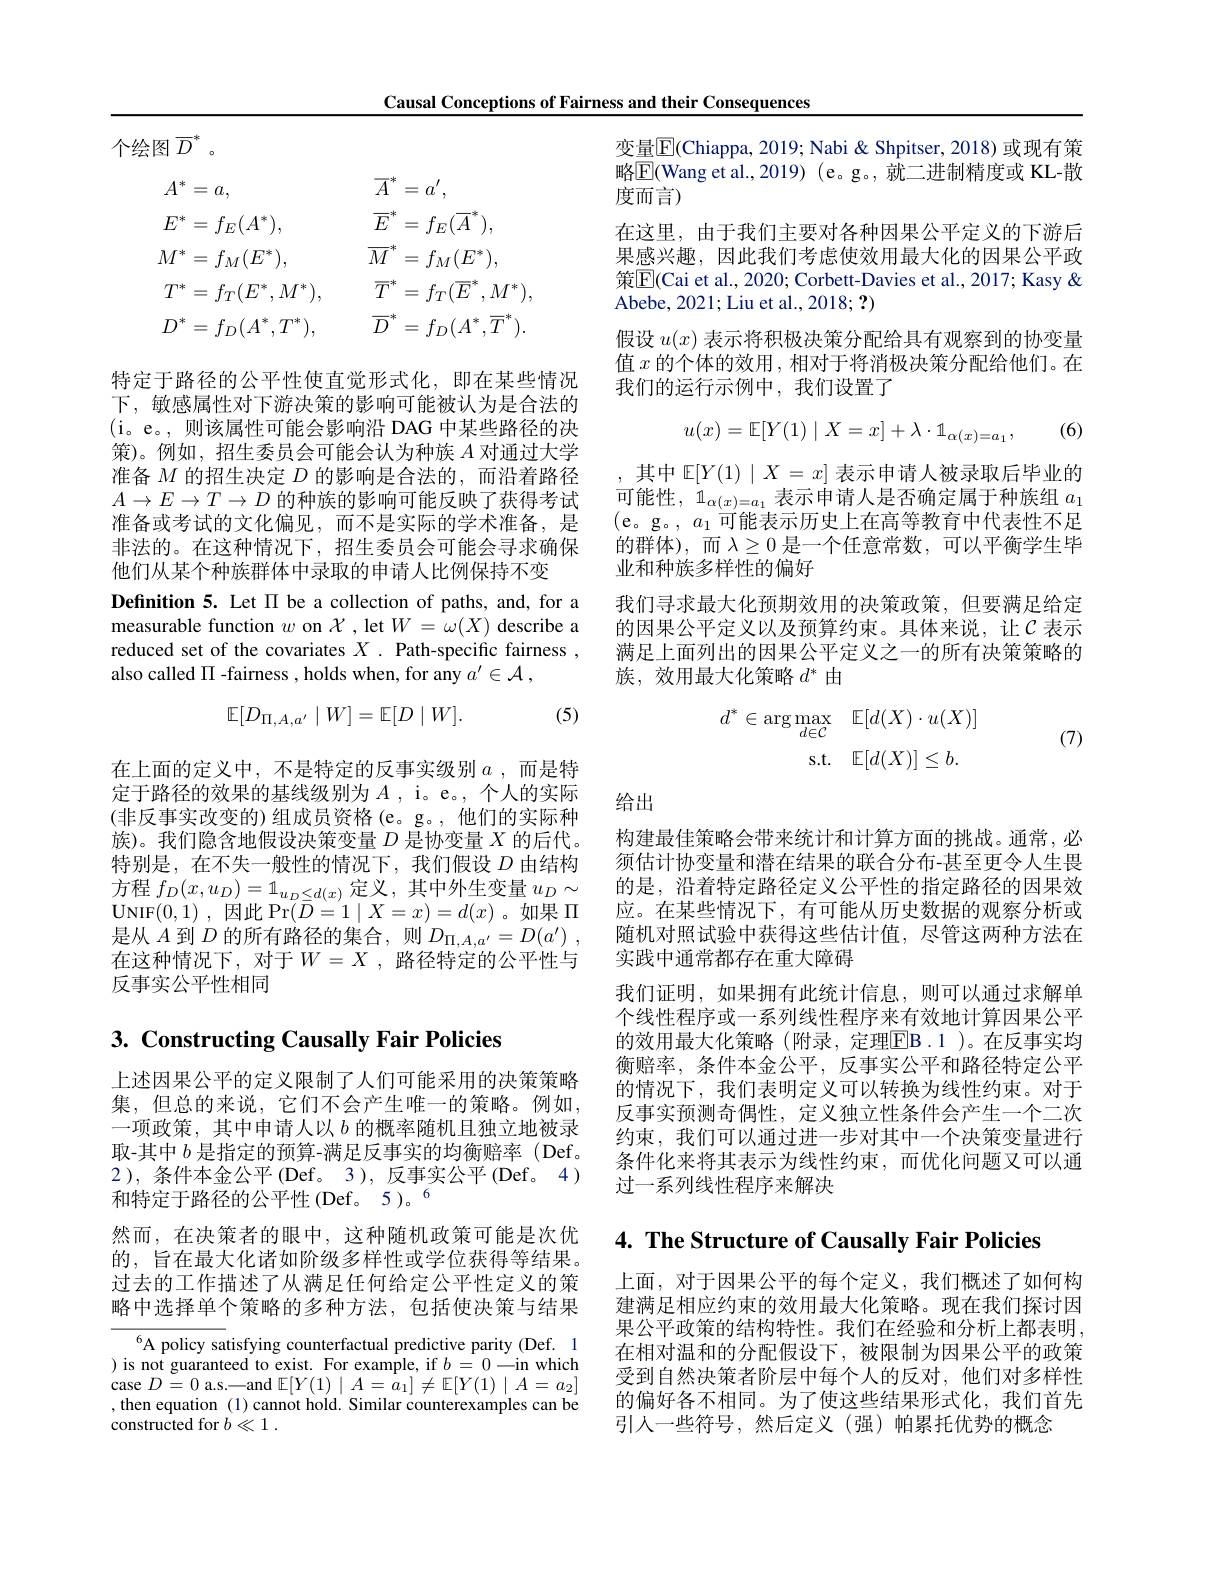
Causal Conceptions of Fairness and their Consequences

<table>
	<tbody>
		<tr>
			<th>$A^*$ = $a$,</th>
			<th>$a$, 三</th>
			<th>$\overline{A}^{,}$ 味 二 $=a^{\prime}$</th>
		</tr>
		<tr>
			<td>$E^{*}$ $=f_{E}(A$ 1 = 1 - </td>
			<td>$f_E(\iota$ 三</td>
			<td>$\overline{E}$ $=f_{E}(A]$</td>
		</tr>
		<tr>
			<td>$M^{:}$ ·冰 $f_{M}(I$ =</td>
			<td>$f_M$ 三</td>
			<td>$\overline{M}$ 汁 $f_{M}(E^{*}$ =</td>
		</tr>
		<tr>
			<td>$T^{*}$ $=f_{T}(E)$ </td>
			<td>$f_{T}(E$ =</td>
			<td>$\overline{T}$ -24 $=f_{T}(\overline{E}$ $M$ 米</td>
		</tr>
		<tr>
			<td>$D$</td>
			<td>= 1</td>
			<td>W $\overline{T}$, $\overline{D}$ $f_{\mathrm{n}}(A^{*}$</td>
		</tr>
	</tbody>
</table>

特定于路径的公平性使直觉形式化，即在某些情况下，敏感属性对下游决策的影响可能被认为是合法的(i。e。,则该属性可能会影响沿 DAG 中某些路径的决策)。例如，招生委员会可能会认为种族$A$对通过大学准备$M$的招生决定$D$的影响是合法的，而沿着路径$A\to E\to T\to D$的种族的影响可能反映了获得考试准备或考试的文化偏见，而不是实际的学术准备，是非法的。在这种情况下，招生委员会可能会寻求确保他们从某个种族群体中录取的申请人比例保持不变
Definition 5. Let II be a collection of paths, and, for a measurable function $w$ on $\mathcal{X}$, let $W=\omega(X)$ describe a reduced set of the covariates $X.$ Path-specific fairness , also called $\Pi$ -fairness , holds when, for any $a^{\prime }\in \mathcal{A}$ ,

(5)
$$\mathbb{E}[D_{\Pi,A,a'}\mid W]=\mathbb{E}[D\mid W].$$
在上面的定义中，不是特定的反事实级别$a$ ,而是特定于路径的效果的基线级别为$A$,i。e。,个人的实际(非反事实改变的)组成员资格(e。g。,他们的实际种族)。我们隐含地假设决策变量$D$是协变量$X$的后代。特别是，在不失一般性的情况下，我们假设$D$由结构方程$f_D(x,u_D)=1_{u_D\leq d(x)}$定义，其中外生变量$u_D\sim$ $\mathbf{UNIF}( 0, 1)$ , $因 此$ $\Pr ( \bar{D} = 1\mid X= x) = d( x)$。如果$\Pi$ 是从$A$到$D$的所有路径的集合，则$D_\Pi , A, a^{\prime }= D( a^{\prime })$ , 在这种情况下，对于$W=X$ ,路径特定的公平性与反事实公平性相同

# $3. \textbf{ Constructing Causally Fair Policies}$

取-其中$b$是指定的预算-满足反事实的均衡赔率(Def。2 ), 条件本金公平(Def。3),反事实公平(Def。4)

上述因果公平的定义限制了人们可能采用的决策策略集，但总的来说，它们不会产生唯一的策略。例如， 一项政策，其中申请人以$b$的概率随机且独立地被录和特定于路径的公平性(Def。5)。6
然而，在决策者的眼中，这种随机政策可能是次优的，旨在最大化诸如阶级多样性或学位获得等结果。过去的工作描述了从满足任何给定公平性定义的策略中选择单个策略的多种方法，包括使决策与结果

A policy satisfying counterfactual predictive parity (Def. 1 ) is not guaranteed to exist. For example, if $b=0-$in which case $D=0$ a.s.—and $\mathbb{E}[Y(1)\mid A=\bar{a_{1}}]\neq\mathbb{E}[Y(1)\mid A=a_{2}]$ , then equation (1) cannot hold. Similar counterexamples can be constructed for $b\ll1.$

变量$\underline{\mathrm{E}}($Chiappa, 2019; Nabi & Shpitser, 2018) 或现有策略$\boxed{\mathrm{F}}$(Wang et al., 2019) (e。g。, 就二进制精度或 KL-散度而言)
在这里，由于我们主要对各种因果公平定义的下游后果感兴趣，因此我们考虑使效用最大化的因果公平政策$\boxed{\mathrm{E}}($Cai et al., 2020; Corbett-Davies et al., 2017; Kasy & Abebe, 2021; Liu et al. , 2018; ? )
假设$u(x)$表示将积极决策分配给具有观察到的协变量值$x$的个体的效用，相对于将消极决策分配给他们。在我们的运行示例中，我们设置了

(6)
$$u(x)=\mathbb{E}[Y(1)\mid X=x]+\lambda\cdot\mathbb{1}_{\alpha(x)=a_1},$$
其中 E$[Y(1)\mid X=x]$表示申请人被录取后毕业的可能性，$\mathbb{1}_\alpha(x)=a_1$表示申请人是否确定属于种族组$a_1$ (e。g。, $a_1$可能表示历史上在高等教育中代表性不足的群体),而$\lambda\geq0$ 是一个任意常数，可以平衡学生毕业和种族多样性的偏好
我们寻求最大化预期效用的决策政策，但要满足给定的因果公平定义以及预算约束。具体来说，让$\mathcal{C}$ 表示满足上面列出的因果公平定义之一的所有决策策略的族，效用最大化策略$d^*$由
$$\begin{array}{rl}d^*\in\arg\max_{d\in\mathcal{C}}&\mathbb{E}[d(X)\cdot u(X)]\\\mathrm{s.t.}&\mathbb{E}[d(X)]\leq b.\end{array}$$
(7)

给出

构建最佳策略会带来统计和计算方面的挑战。通常，必须估计协变量和潜在结果的联合分布-甚至更令人生畏的是，沿着特定路径定义公平性的指定路径的因果效应。在某些情况下，有可能从历史数据的观察分析或随机对照试验中获得这些估计值，尽管这两种方法在实践中通常都存在重大障碍
我们证明，如果拥有此统计信息，则可以通过求解单个线性程序或一系列线性程序来有效地计算因果公平的效用最大化策略(附录，定理$\boxed{\mathrm{EB}}.1$)。在反事实均衡赔率，条件本金公平，反事实公平和路径特定公平的情况下，我们表明定义可以转换为线性约束。对于反事实预测奇偶性，定义独立性条件会产生一个二次约束，我们可以通过进一步对其中一个决策变量进行条件化来将其表示为线性约束，而优化问题又可以通过一系列线性程序来解决

4. The Structure of Causally Fair Policies

上面，对于因果公平的每个定义，我们概述了如何构建满足相应约束的效用最大化策略。现在我们探讨因果公平政策的结构特性。我们在经验和分析上都表明， 在相对温和的分配假设下，被限制为因果公平的政策受到自然决策者阶层中每个人的反对，他们对多样性的偏好各不相同。为了使这些结果形式化，我们首先引人一些符号，然后定义(强)帕累托优势的概念